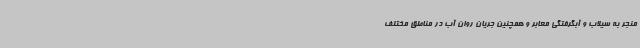
منجر به سیلاب و آبگرفتگی معابر و همچنین جریان روان آب در مناطق مختلف